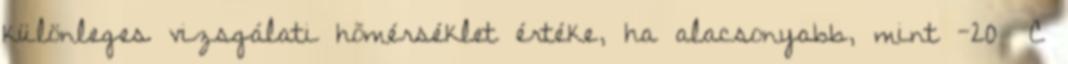
különleges vizsgálati hõmérséklet értéke, ha alacsonyabb, mint -20 °C